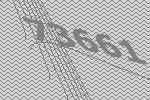
73661